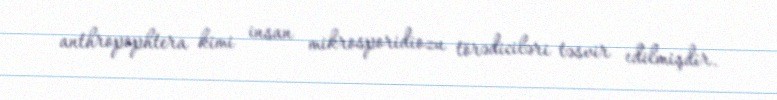
anthropophtera kimi insan mikrosporidiozu törədiciləri təsvir edilmişdir.